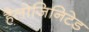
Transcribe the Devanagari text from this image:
हैलोजिनिटेड